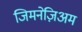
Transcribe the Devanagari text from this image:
जिमनेज़िअम